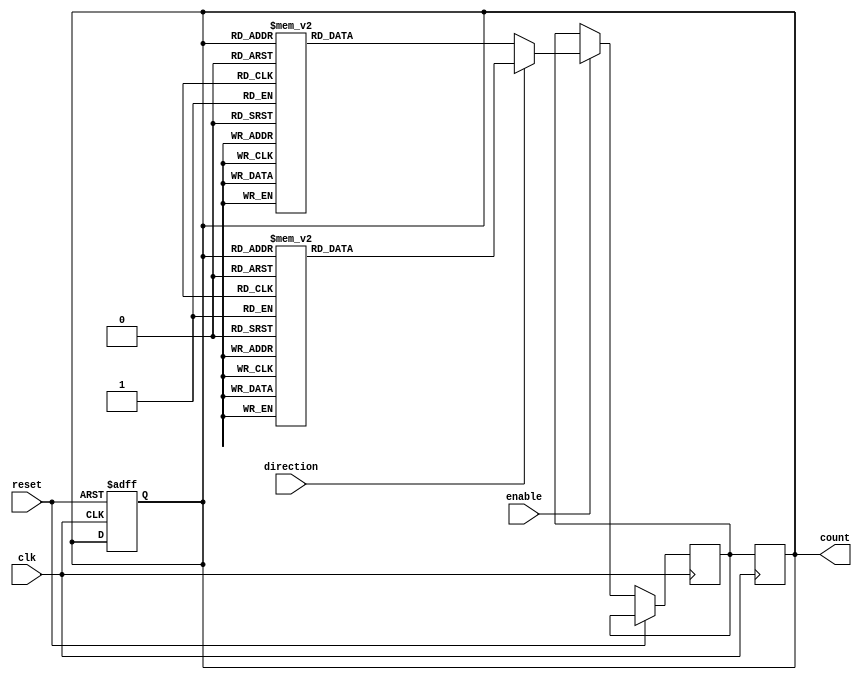
module BidirectionalGrayCounter (
    input wire clk,            // Clock input
    input wire reset,          // Reset input
    input wire enable,         // Enable input
    input wire direction,      // Direction control input
    output reg [3:0] count     // Bidirectional Gray counter output
);

reg [3:0] next_count;

always @(posedge clk or posedge reset) begin
    if (reset) begin
        count <= 4'b0000;
    end else if (enable) begin
        if (direction) begin // Increment
            case(count)
                4'b0000: next_count <= 4'b0001; // Gray code transitions
                4'b0001: next_count <= 4'b0011;
                4'b0011: next_count <= 4'b0010;
                4'b0010: next_count <= 4'b0110;
                4'b0110: next_count <= 4'b0111;
                4'b0111: next_count <= 4'b0101;
                4'b0101: next_count <= 4'b0100;
                4'b0100: next_count <= 4'b1100;
                4'b1100: next_count <= 4'b1101;
                4'b1101: next_count <= 4'b1111;
                4'b1111: next_count <= 4'b1110;
                4'b1110: next_count <= 4'b1010;
                4'b1010: next_count <= 4'b1011;
                4'b1011: next_count <= 4'b1001;
                4'b1001: next_count <= 4'b1000;
                4'b1000: next_count <= 4'b0000;
            endcase
        end else begin // Decrement
            case(count)
                4'b0000: next_count <= 4'b1000; // Gray code transitions
                4'b1000: next_count <= 4'b1010;
                4'b1010: next_count <= 4'b1011;
                4'b1011: next_count <= 4'b1001;
                4'b1001: next_count <= 4'b1000;
                4'b1000: next_count <= 4'b1100;
                4'b1100: next_count <= 4'b1101;
                4'b1101: next_count <= 4'b1111;
                4'b1111: next_count <= 4'b1110;
                4'b1110: next_count <= 4'b1010;
                4'b1010: next_count <= 4'b1011;
                4'b1011: next_count <= 4'b1001;
                4'b1001: next_count <= 4'b1000;
                4'b1000: next_count <= 4'b0000;
                4'b0001: next_count <= 4'b0000;
                4'b0010: next_count <= 4'b0001;
                4'b0011: next_count <= 4'b0010;
                4'b0110: next_count <= 4'b0011;
                4'b0111: next_count <= 4'b0110;
                4'b0101: next_count <= 4'b0111;
                4'b0100: next_count <= 4'b0101;
            endcase
        end
    end
end

always @(posedge clk) begin
    count <= next_count;
end

endmodule